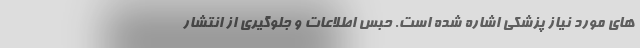
های مورد نیاز پزشکی اشاره شده است. حبس اطلاعات و جلوگیری از انتشار